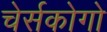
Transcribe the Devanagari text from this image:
चेर्सकोगो